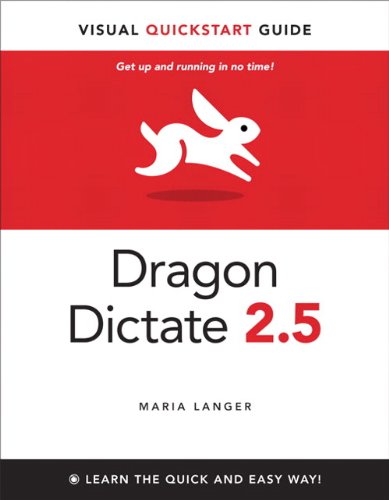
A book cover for Dragon Dictate 2.5: Visual QuickStart Guide; Maria Langer; Computers & Technology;